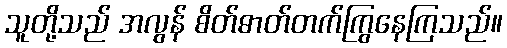
သူတို့သည် အလွန် စိတ်ဓာတ်တက်ကြွနေကြသည်။